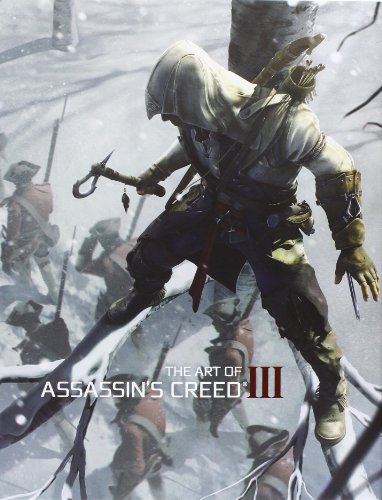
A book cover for The Art of Assassin's Creed III; Andy McVittie; Arts & Photography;